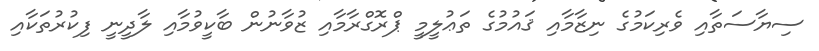
ސިޔާސަތާއި ވެރިކަމުގެ ނިޒާމާއި ޤައުމުގެ ތަޢުލީމީ ޕްރޮގްރާމާއި ޒުވާނުން ބާކީވުމާއި ލާދީނީ ފިކުރުތަކާއި